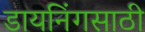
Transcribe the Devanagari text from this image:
डायनिंगसाठी